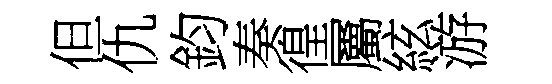
但仇鈞奏徨屬絃游